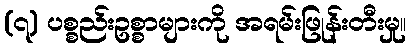
(၇) ပစ္စည်းဥစ္စာများကို အရမ်းဖြုန်းတီးမှု။